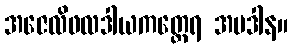
အဇေလိဖလဒါယကတ္ထေရ အပဒါန။